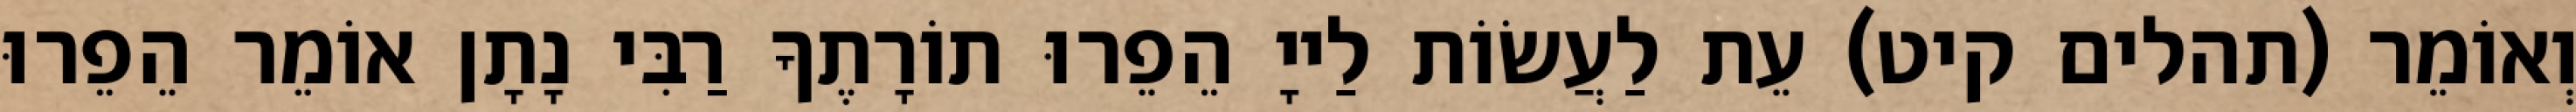
וְאוֹמֵר (תהלים קיט) עֵת לַעֲשׂוֹת לַייָ הֵפֵרוּ תוֹרָתֶךָ רַבִּי נָתָן אוֹמֵר הֵפֵרוּ